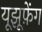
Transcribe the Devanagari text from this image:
यूझूफ़ेंग